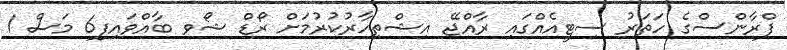
ފްރާންސްގެ ހަތަރު ސިޓީއެއްގައި ރާއްޖޭ އިޝްތިހާރުކުރުމަށް ރޯޑް ޝޯވ ބާއްވައިފި6 މަސް 1